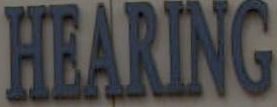
HEARING